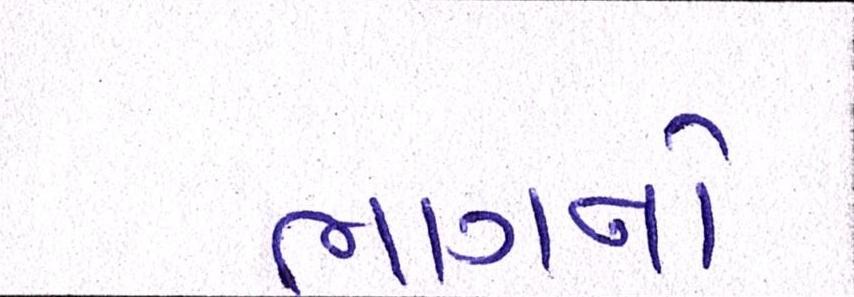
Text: ભાગનો